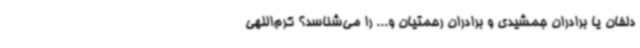
دلفان یا برادران جمشیدی و برادران رحمتیان و... را می‌شناسد؟ کرم‌اللهی